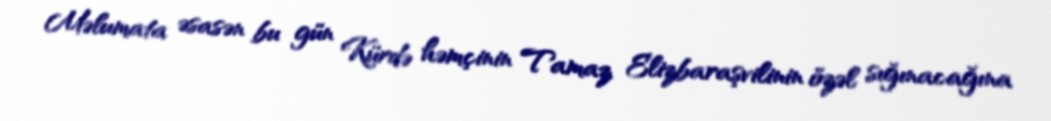
Məlumata əsasən bu gün Kürdə həmçinin Tamaz Elizbaraşvilinin özəl sığınacağına